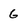
Character: 6